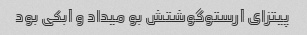
پیتزای آرستو‌گوشتش بو میداد و آبکی بود